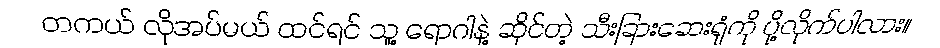
တကယ် လိုအပ်မယ် ထင်ရင် သူ့ ရောဂါနဲ့ ဆိုင်တဲ့ သီးခြားဆေးရုံကို ပို့လိုက်ပါလား။